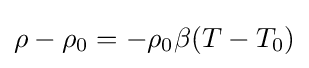
\rho -\rho _{0}=-\rho _{0}\beta (T-T_{0})